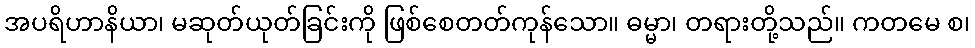
အပရိဟာနိယာ၊ မဆုတ်ယုတ်ခြင်းကို ဖြစ်စေတတ်ကုန်သော။ ဓမ္မာ၊ တရားတို့သည်။ ကတမေ စ၊